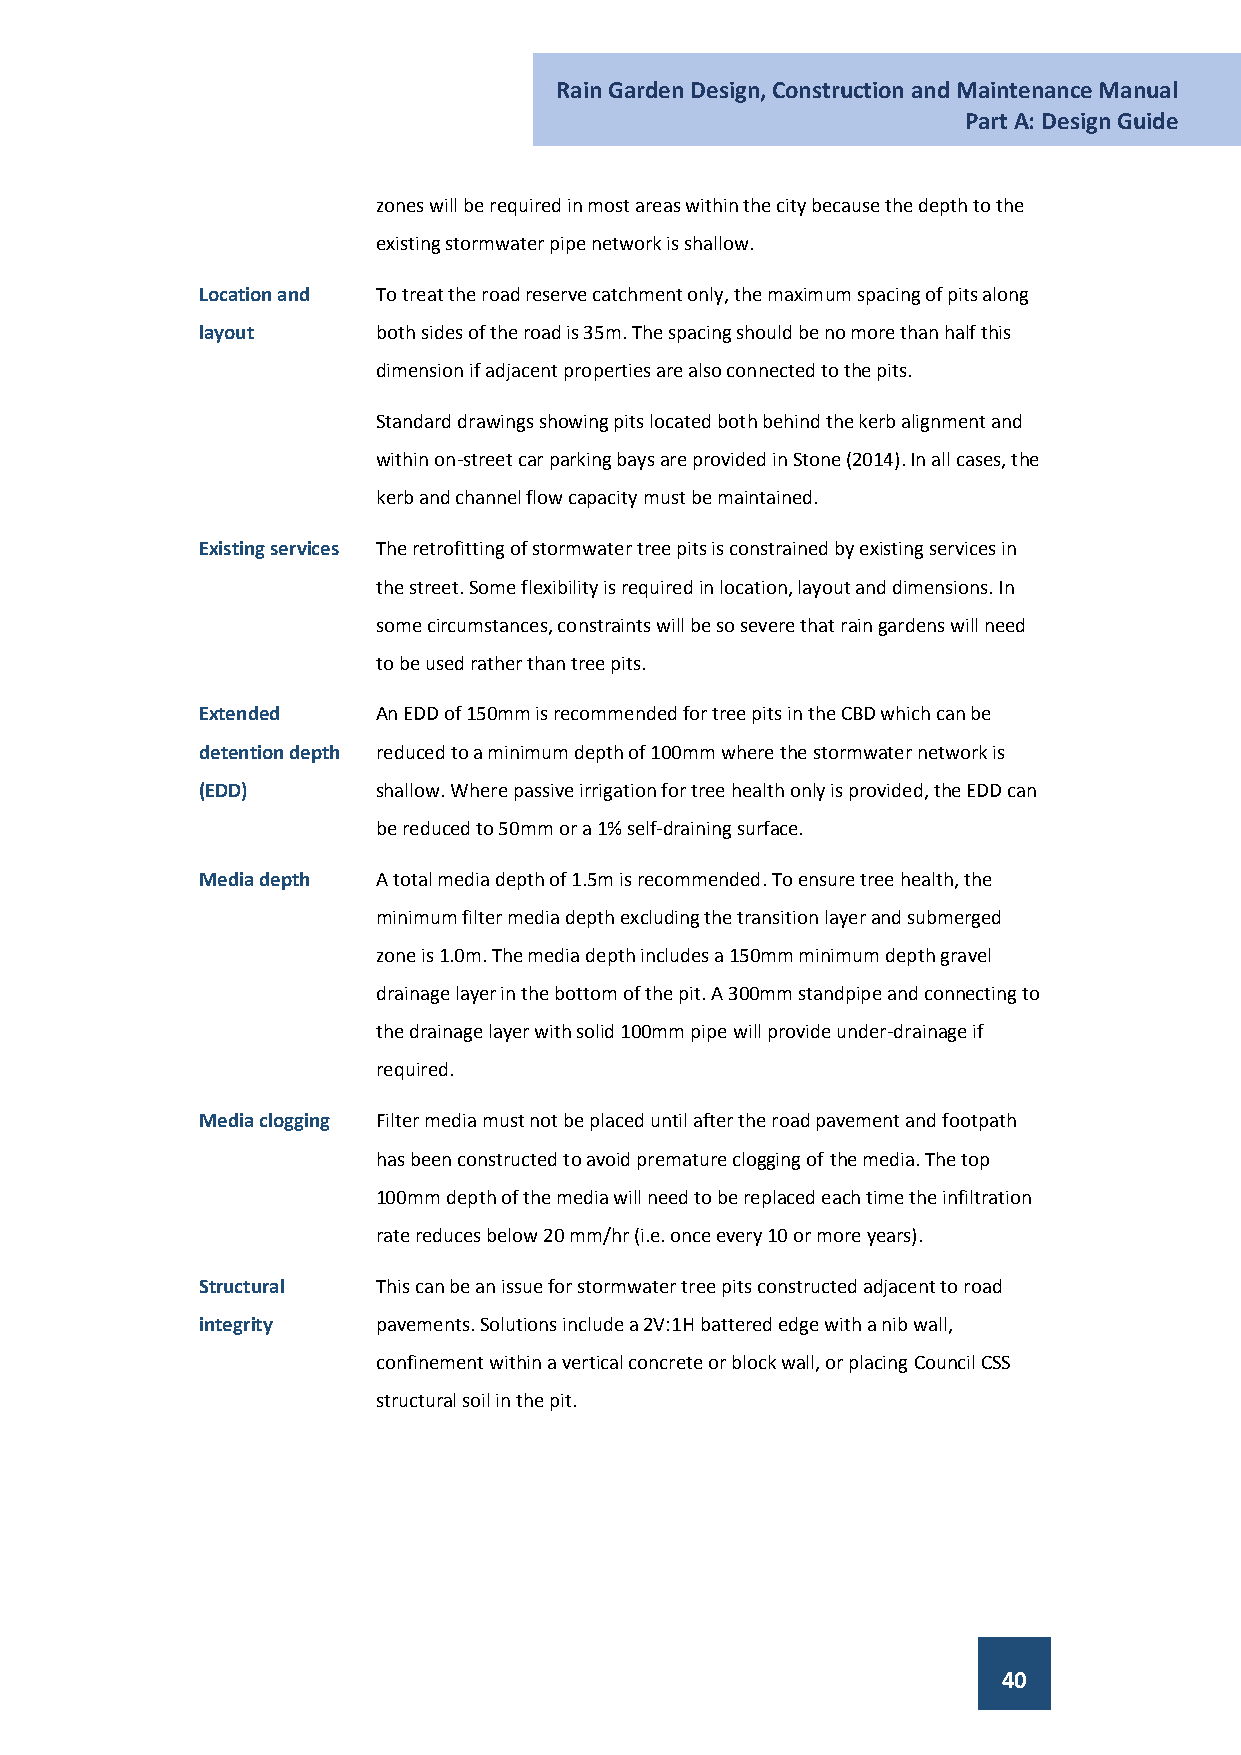
Rain Garden Design, Construction and Maintenance Manual
 Part A: Design Guide
 zones will be required in most areas within the city because the depth to the
 existing stormwater pipe network is shallow.
 Location and To treat the road reserve catchment only, the maximum spacing of pits along
 layout      both sides of the road is 35m. The spacing should be no more than half this
 dimension if adjacent properties are also connected to the pits.
 Standard drawings showing pits located both behind the kerb alignment and
 within on-street car parking bays are provided in Stone (2014). In all cases, the
 kerb and channel flow capacity must be maintained.
 Existing services The retrofitting of stormwater tree pits is constrained by existing services in
 the street. Some flexibility is required in location, layout and dimensions. In
 some circumstances, constraints will be so severe that rain gardens will need
 to be used rather than tree pits.
 Extended    An EDD of 150mm is recommended for tree pits in the CBD which can be
 detention depth reduced to a minimum depth of 100mm where the stormwater network is
 (EDD)       shallow. Where passive irrigation for tree health only is provided, the EDD can
 be reduced to 50mm or a 1% self-draining surface.
 Media depth A total media depth of 1.5m is recommended. To ensure tree health, the
 minimum filter media depth excluding the transition layer and submerged
 zone is 1.0m. The media depth includes a 150mm minimum depth gravel
 drainage layer in the bottom of the pit. A 300mm standpipe and connecting to
 the drainage layer with solid 100mm pipe will provide under-drainage if
 required.
 Media clogging Filter media must not be placed until after the road pavement and footpath
 has been constructed to avoid premature clogging of the media. The top
 100mm depth of the media will need to be replaced each time the infiltration
 rate reduces below 20 mm/hr (i.e. once every 10 or more years).
 Structural  This can be an issue for stormwater tree pits constructed adjacent to road
 integrity   pavements. Solutions include a 2V:1H battered edge with a nib wall,
 confinement within a vertical concrete or block wall, or placing Council CSS
 structural soil in the pit.
 40